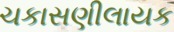
ચકાસણીલાયક